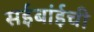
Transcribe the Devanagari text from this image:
सईबांईची